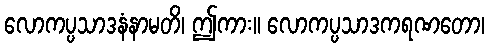
လောကပ္ပသာဒနံနာမတိ၊ ဤကား။ လောကပ္ပသာဒကရဏတော၊